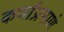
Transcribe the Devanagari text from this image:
कर्णाप्रमाणे